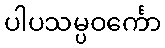
ပါပသမ္ပဝင်္ကော